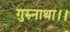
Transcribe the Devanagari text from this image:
गुरुनाथा।।